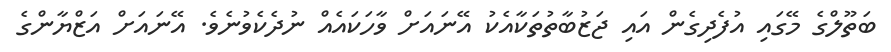
ބަތޫލްގެ މޭގައި އުފެދިގެން އައި ޖަޒުބާތުތަކާއެކު އޭނައަށް ވާހަކައެއް ނުދެކެވުނެވެ. އޭނައަށް އަޒްޔާންގެ